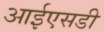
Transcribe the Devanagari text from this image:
आईएसडी